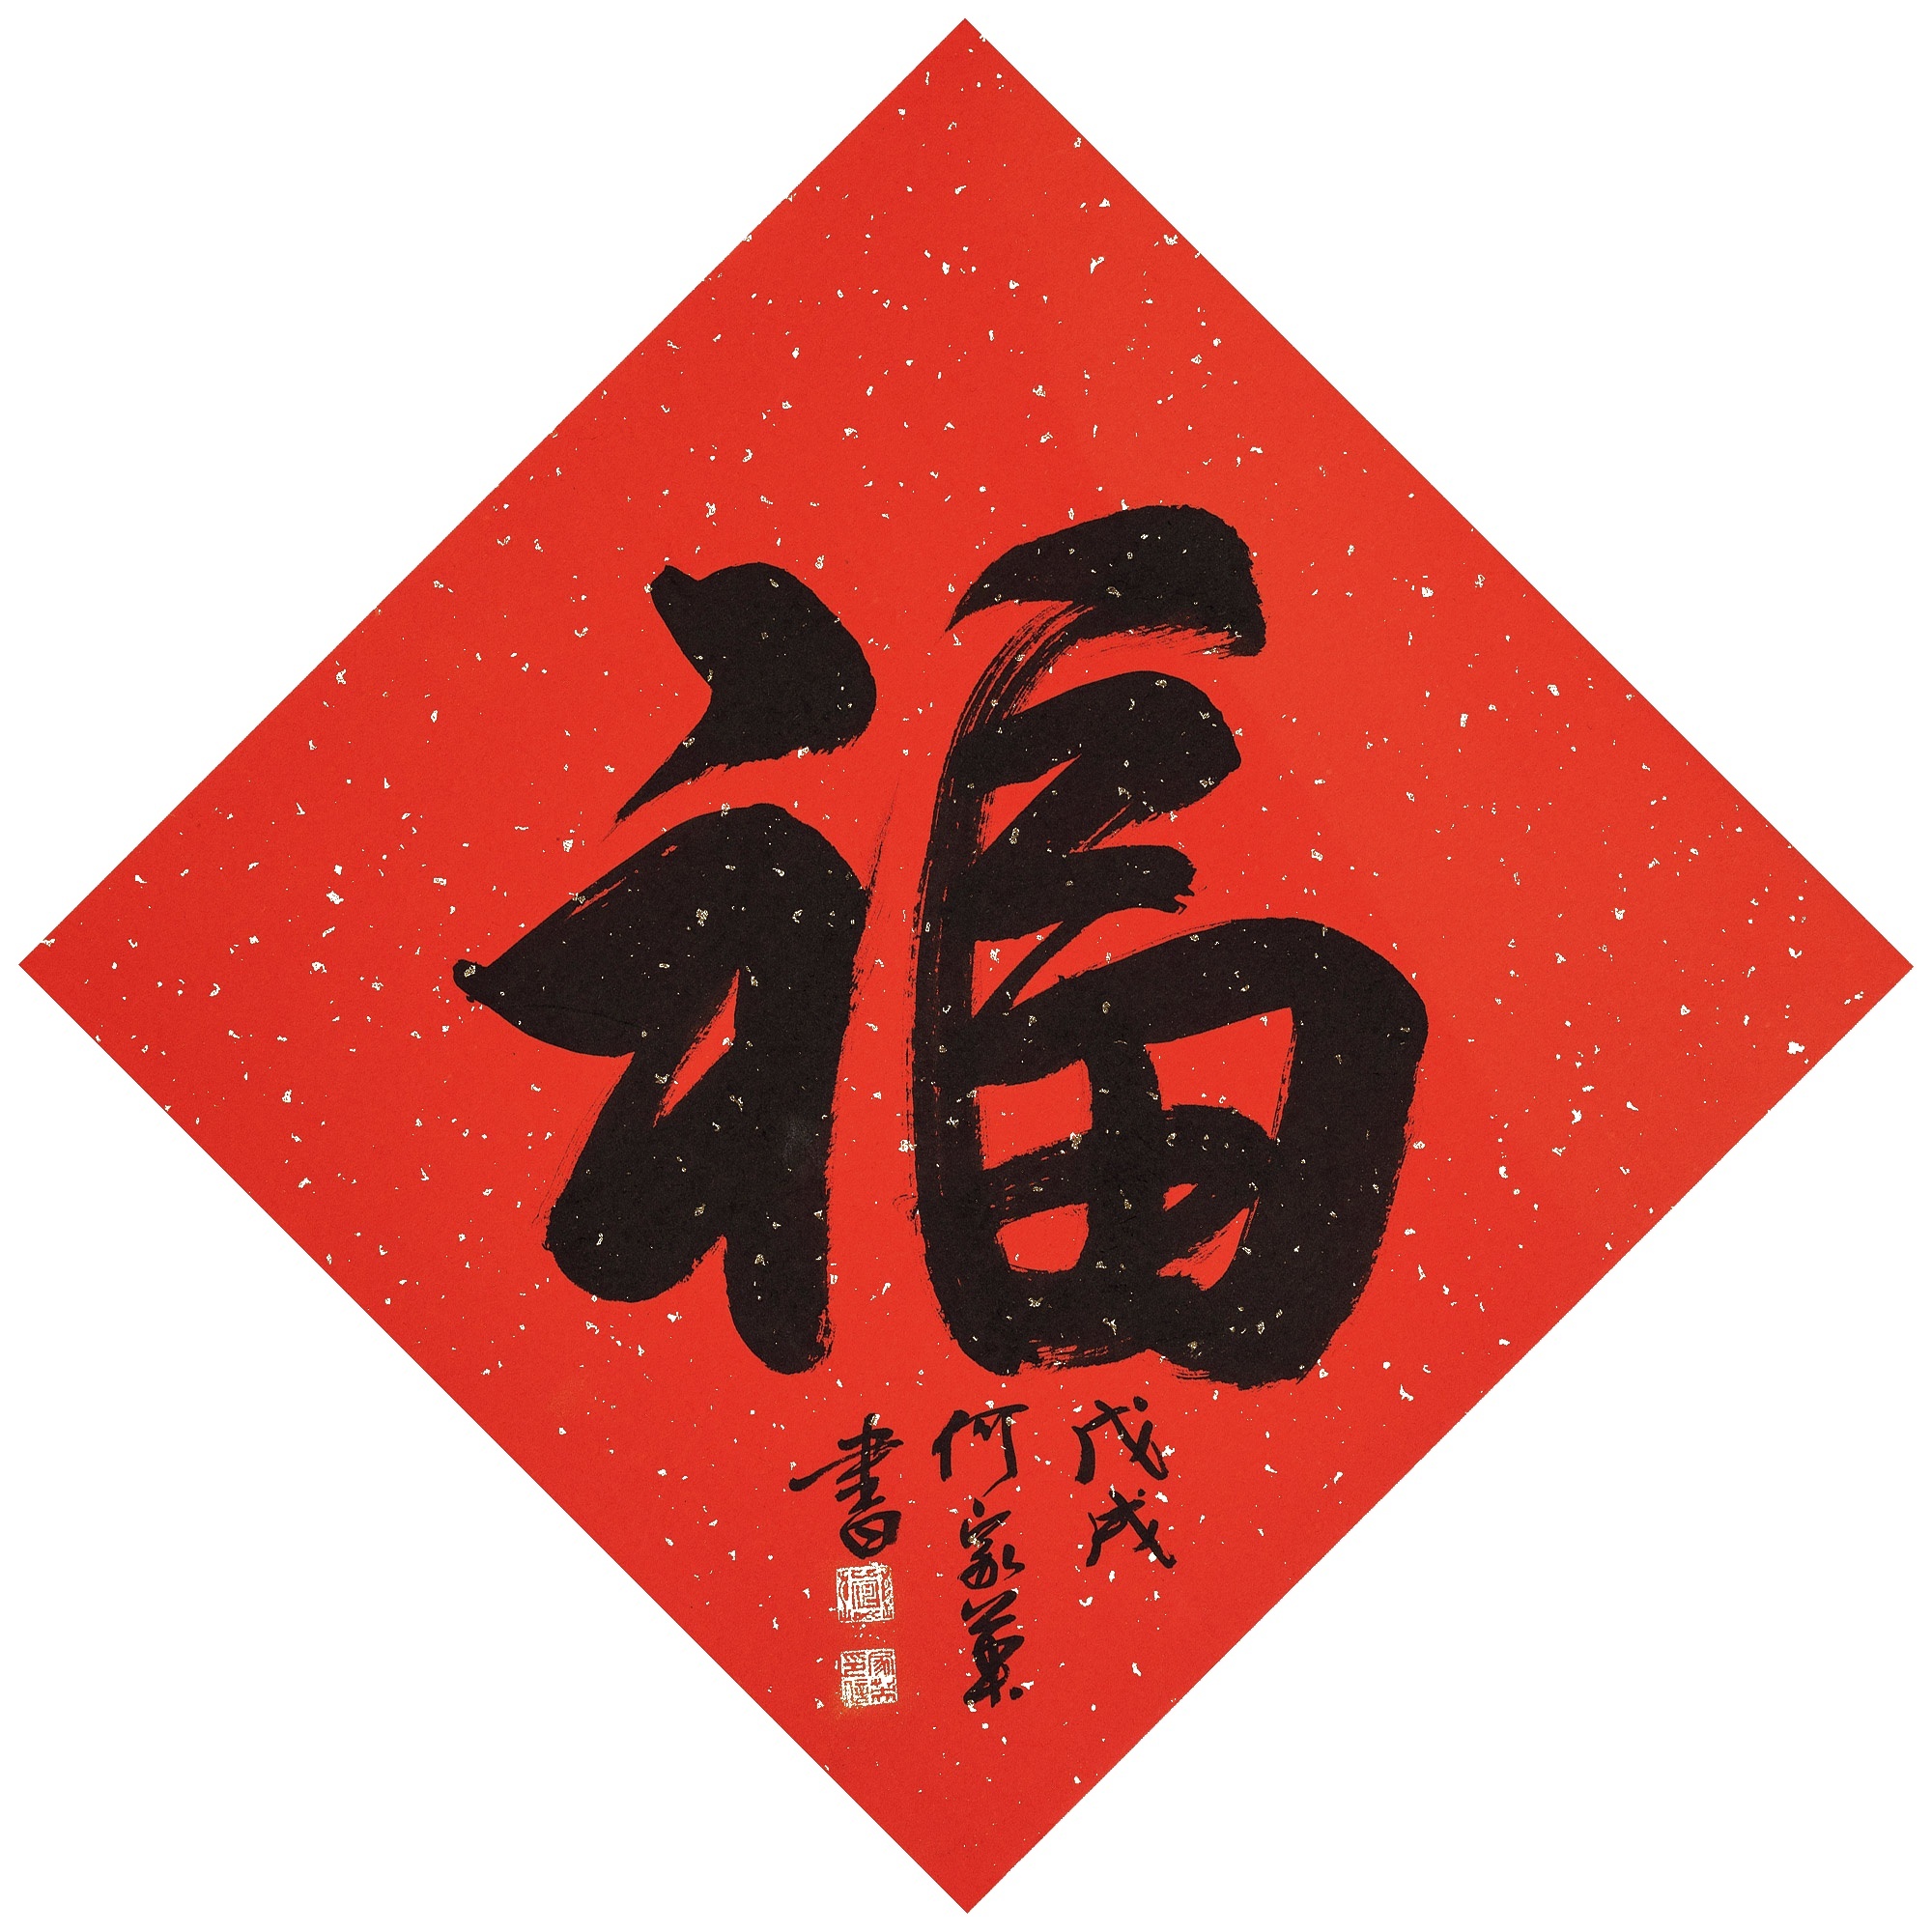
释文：福戊戌何家英书。